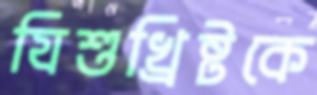
যিশুখ্রিষ্টকে